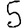
Digit: 5